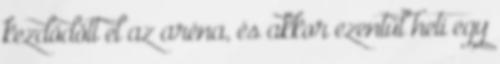
kezdődött el az aréna, és akkor ezentúl heti egy